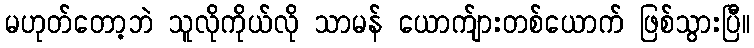
မဟုတ်တော့ဘဲ သူလိုကိုယ်လို သာမန် ယောက်ျားတစ်ယောက် ဖြစ်သွားပြီ။